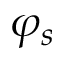
\varphi _ { s }